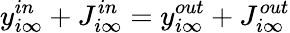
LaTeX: y_{i\infty}^{in}+J_{i\infty}^{in}=y_{i\infty}^{out}+J_{i\infty}^{out}